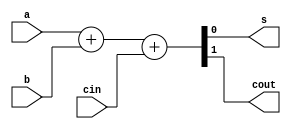
module fulladder(input a,b,cin,output s,cout);
  assign {cout,s}=a+b+cin;
endmodule
module sub4bit(a,b,cin,s,cout);
  input [3:0] a,b;
  input cin;
  output [3:0] s;
  output cout;
  wire b1,b2,b3;
  fulladder s1(a[0],~b[0],cin,s[0],c1);
  fulladder s2(a[1],~b[1],c1,s[1],c2);
  fulladder s3(a[2],~b[2],c2,s[2],c3);
  fulladder s4(a[3],~b[3],c3,s[3],cout);
  
endmodule

module tb;
  reg [3:0] a,b;
  reg cin;
  wire [3:0] s;
  wire cout;
  sub4bit dut(a,b,cin,s,cout);
initial begin
      a=4'b1101;b=4'b1011;cin=1'b1;
   #5 a=4'b1001;b=4'b1111;cin=1'b1;
  #25 $finish();
end
  initial 
    $monitor($time,"a=%b,b=%b,cin=%b,sub=%b,bor=%b",a,b,cin,s,cout);
endmodule